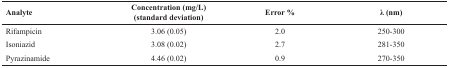
<table><thead><tr><td><b>Analyte</b></td><td><b>Concentration (mg/L) (standard deviation)</b></td><td><b>Error %</b></td><td><b>λ (nm)</b></td></tr></thead><tbody><tr><td>Rifampicin</td><td>3.06 (0.05)</td><td>2.0</td><td>250-300</td></tr><tr><td>Isoniazid</td><td>3.08 (0.02)</td><td>2.7</td><td>281-350</td></tr><tr><td>Pyrazinamide</td><td>4.46 (0.02)</td><td>0.9</td><td>270-350</td></tr></tbody></table>